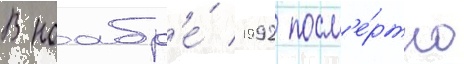
В ноабр'е́ 1992 посм'е́ртно